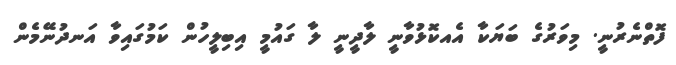
ފޮތްނެރުނީ. މިވަރުގެ ބަޔަކާ އެއކޮޅުވާނީ ލާދީނީ ލާ ގައުމީ އިބިލީހުން ކަމުގައިވާ އަނދުނޭމެން